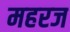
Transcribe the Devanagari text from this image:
महरज